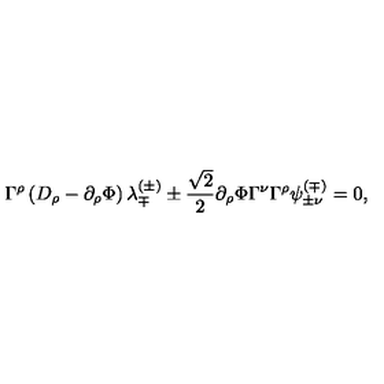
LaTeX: \Gamma ^ { \rho } \left( D _ { \rho } - \partial _ { \rho } \Phi \right) \lambda _ { \mp } ^ { ( \pm ) } \pm { \frac { \sqrt { 2 } } { 2 } } \partial _ { \rho } \Phi \Gamma ^ { \nu } \Gamma ^ { \rho } \psi _ { \pm \nu } ^ { ( \mp ) } = 0 ,